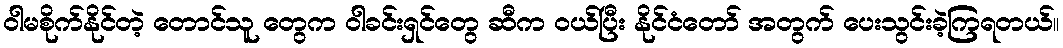
ဝါမစိုက်နိုင်တဲ့ တောင်သူ တွေက ဝါခင်းရှင်တွေ ဆီက ဝယ်ပြီး နိုင်ငံတော် အတွက် ပေးသွင်းခဲ့ကြရတယ်။